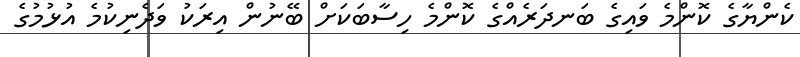
ކެންޔާގެ ކޮންމެ ވައިގެ ބަނދަރެއްގެ ކޮންމެ ހިސާބަކަށް ބޭނުން އިރަކު ވަދެނިކުމެ އުޅުމުގެ